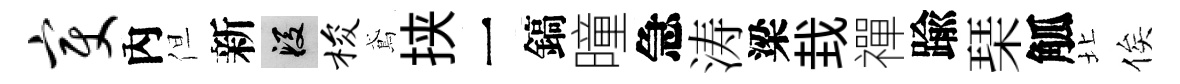
变內但新段梭鳶挟一鎬曈急涛梁㘽禪踰琹觚北俟